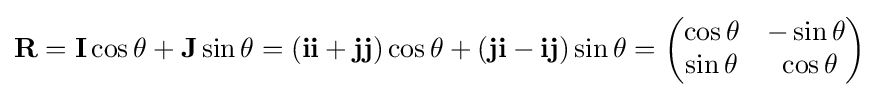
\mathbf {R} =\mathbf {I} \cos \theta +\mathbf {J} \sin \theta =(\mathbf {ii} +\mathbf {jj} )\cos \theta +(\mathbf {ji} -\mathbf {ij} )\sin \theta ={\begin{pmatrix}\cos \theta &-\sin \theta \\\sin \theta &\;\cos \theta \end{pmatrix}}